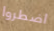
اضطروا